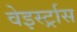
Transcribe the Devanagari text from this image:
वेइर्स्ट्रास